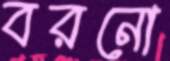
বরনো